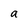
Character: a